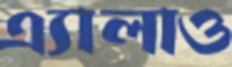
এ্যালাও